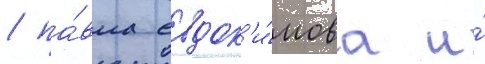
/ па́вла евдок'и́мова и́